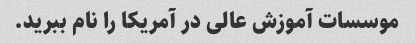
موسسات آموزش عالی در آمریکا را نام ببرید.